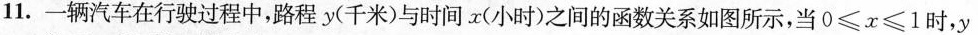
11.一辆汽车在行驶过程中，路程y(千米)与时间x(小时)之间的函数关系如图所示，当$$0\leq x\leq 1$$时，y